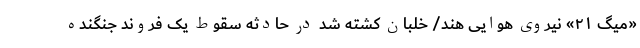
«میگ ۲۱» نیروی هوایی هند/ خلبان کشته شد در حادثه سقوط یک فروند جنگنده